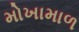
મોખામાળ